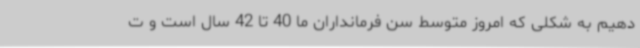
دهیم به شکلی که امروز متوسط سن فرمانداران ما 40 تا 42 سال است و ت